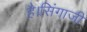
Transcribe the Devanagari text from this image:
है।सिंगाजी